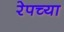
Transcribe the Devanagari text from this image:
रेपच्या